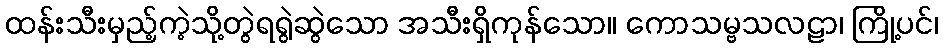
ထန်းသီးမှည့်ကဲ့သို့တွဲရရွဲဆွဲသော အသီးရှိကုန်သော။ ကောသမ္ဗသလဠာ၊ ကြို့ပင်၊